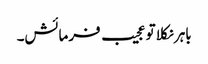
باہر نکلا تو عجیب فرمائش۔